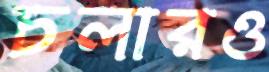
চলারও